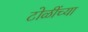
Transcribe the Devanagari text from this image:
टोळींच्या